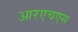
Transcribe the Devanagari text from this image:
आरएचएस